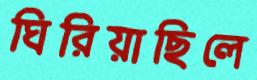
ঘিরিয়াছিলে